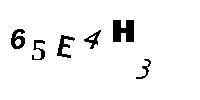
65E4H3